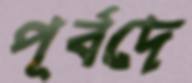
পূর্বদে